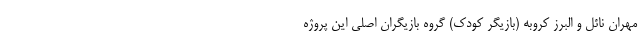
مهران نائل و البرز کروبه (بازیگر کودک) گروه بازیگران اصلی این پروژه